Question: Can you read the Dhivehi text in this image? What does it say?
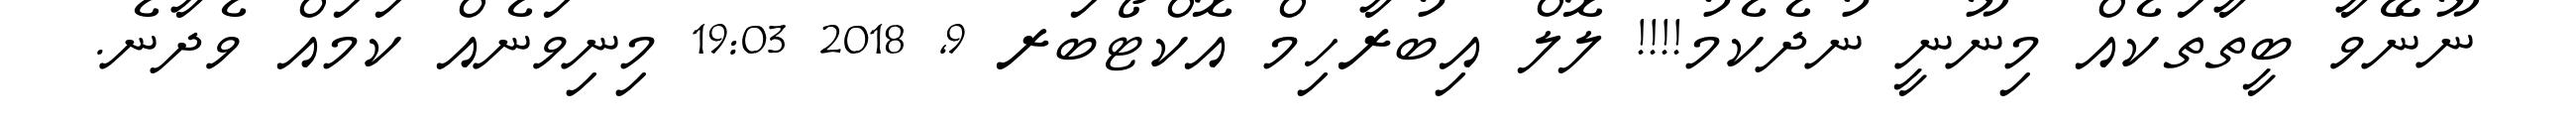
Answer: ނޫނޭވާ ބީތާތަކެއް މިނޫނީ ނުދެކެމު!!!! ލޮލް އިބުރާހިމް އޮކްޓޯބަރ 9, 2018 19:03 މިނިވަނެއް ކަމައް ވެދާނެ.